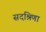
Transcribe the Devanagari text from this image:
सदश्रिणा